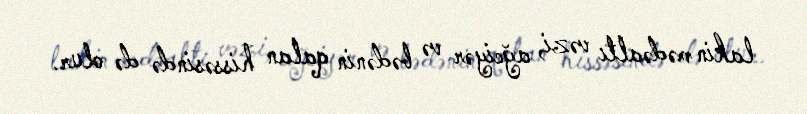
lakin mədəaltı vəzi, ağciyər və bədənin qalan hissəsində də olur.